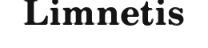
Limnetis